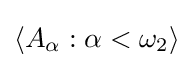
\langle A_{\alpha }:\alpha <\omega _{2}\rangle